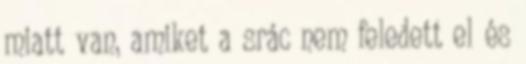
miatt van, amiket a srác nem feledett el és